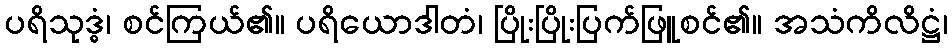
ပရိသုဒ္ဓံ၊ စင်ကြယ်၏။ ပရိယောဒါတံ၊ ပြိုးပြိုးပြက်ဖြူစင်၏။ အသံကိလိဋ္ဌံ၊